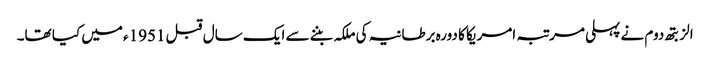
الزبتھ دوم نے پہلی مرتبہ امریکا کا دورہ برطانیہ کی ملکہ بننے سے ایک سال قبل 1951ء میں کیا تھا۔